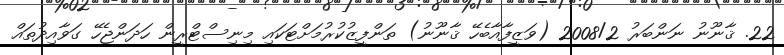
22. ޤާނޫނު ނަންބަރު 2008/2 (ވަޒީފާއާބެހޭ ޤާނޫނު) ތަންފީޒުކުރުމަށްޓަކައި މިނިސްޓްރީން ހަދަންޖެހޭ ގަވާއިދުތައް